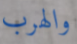
والهرب